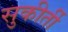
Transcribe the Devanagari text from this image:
सुकीर्ती